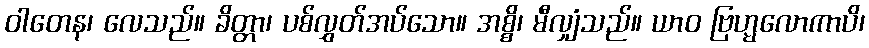
ဝါတေန၊ လေသည်။ ခိတ္တာ၊ ပစ်လွှတ်အပ်သော။ အစ္စိ၊ မီလျှံသည်။ ယာဝ ဗြဟ္မလောကာပိ၊